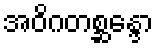
အဝိဂတစ္ဆန္ဒော